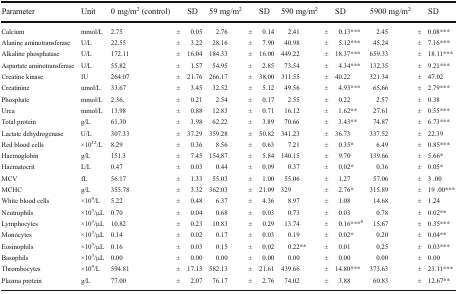
<table><thead><tr><td><b>Parameter</b></td><td><b>Unit</b></td><td><b>0 mg/m<sup>2</sup> (control)</b></td><td></td><td><b>SD</b></td><td><b>59 mg/m<sup>2</sup></b></td><td></td><td><b>SD</b></td><td><b>590 mg/m<sup>2</sup></b></td><td></td><td><b>SD</b></td><td><b>5900 mg/m<sup>2</sup></b></td><td></td><td><b>SD</b></td></tr></thead><tbody><tr><td>Calcium</td><td>mmol/L</td><td>2.75</td><td>±</td><td>0.05</td><td>2.76</td><td>±</td><td>0.14</td><td>2.41</td><td>±</td><td>0.13***</td><td>2.45</td><td>±</td><td>0.08***</td></tr><tr><td>Alanine aminotransferase</td><td>U/L</td><td>22.55</td><td>±</td><td>3.22</td><td>28.16</td><td>±</td><td>7.90</td><td>40.98</td><td>±</td><td>5.12***</td><td>45.24</td><td>±</td><td>7.16***</td></tr><tr><td>Alkaline phosphatase</td><td>U/L</td><td>172.11</td><td>±</td><td>16.04</td><td>184.33</td><td>±</td><td>16.00</td><td>449.22</td><td>±</td><td>18.37***</td><td>659.33</td><td>±</td><td>18.11***</td></tr><tr><td>Aspartate aminotransferase</td><td>U/L</td><td>55.82</td><td>±</td><td>1.57</td><td>54.95</td><td>±</td><td>2.85</td><td>73.54</td><td>±</td><td>4.34***</td><td>132.35</td><td>±</td><td>9.21***</td></tr><tr><td>Creatine kinase</td><td>IU</td><td>264.07</td><td>±</td><td>21.76</td><td>266.17</td><td>±</td><td>38.00</td><td>311.55</td><td>±</td><td>40.22</td><td>321.34</td><td>±</td><td>47.02</td></tr><tr><td>Creatinine</td><td>umol/L</td><td>33.67</td><td>±</td><td>3.45</td><td>32.52</td><td>±</td><td>5.12</td><td>49.56</td><td>±</td><td>4.93***</td><td>65.66</td><td>±</td><td>2.79***</td></tr><tr><td>Phosphate</td><td>mmol/L</td><td>2.36.</td><td>±</td><td>0.21</td><td>2.54</td><td>±</td><td>0.17</td><td>2.55</td><td>±</td><td>0.22</td><td>2.57</td><td>±</td><td>0.38</td></tr><tr><td>Urea</td><td>mmol/L</td><td>13.98</td><td>±</td><td>0.88</td><td>12.83</td><td>±</td><td>0.71</td><td>16.12</td><td>±</td><td>1.62**</td><td>27.61</td><td>±</td><td>0.55***</td></tr><tr><td>Total protein</td><td>g/L</td><td>61.30</td><td>±</td><td>3.98</td><td>62.22</td><td>±</td><td>3.89</td><td>70.66</td><td>±</td><td>3.43**</td><td>74.87</td><td>±</td><td>6.73***</td></tr><tr><td>Lactate dehydrogenase</td><td>U/L</td><td>307.33</td><td>±</td><td>37.29</td><td>359.28</td><td>±</td><td>50.82</td><td>341.23</td><td>±</td><td>36.73</td><td>337.52</td><td>±</td><td>22.39</td></tr><tr><td>Red blood cells</td><td>×10<sup>12</sup>/L</td><td>8.29</td><td>±</td><td>0.36</td><td>8.56</td><td>±</td><td>0.63</td><td>7.21</td><td>±</td><td>0.35*</td><td>6.49</td><td>±</td><td>0.85***</td></tr><tr><td>Haemoglobin</td><td>g/L</td><td>151.3</td><td>±</td><td>7.45</td><td>154.87</td><td>±</td><td>5.84</td><td>140.15</td><td>±</td><td>9.70</td><td>139.66</td><td>±</td><td>5.66*</td></tr><tr><td>Haematocrit</td><td>L/L</td><td>0.47</td><td>±</td><td>0.03</td><td>0.44</td><td>±</td><td>0.09</td><td>0.37</td><td>±</td><td>0.02*</td><td>0.36</td><td>±</td><td>0.05*</td></tr><tr><td>MCV</td><td>fL</td><td>56.17</td><td>±</td><td>1.33</td><td>55.03</td><td>±</td><td>1.00</td><td>55.06</td><td>±</td><td>1.27</td><td>57.06</td><td>±</td><td>3 .00</td></tr><tr><td>MCHC</td><td>g/L</td><td>355.78</td><td>±</td><td>3.32</td><td>362.03</td><td>±</td><td>21.09</td><td>329</td><td>±</td><td>2.76*</td><td>315.89</td><td>±</td><td>19 .00***</td></tr><tr><td>White blood cells</td><td>×10<sup>9</sup>/L</td><td>5.22</td><td>±</td><td>0.48</td><td>6.37</td><td>±</td><td>4.36</td><td>8.97</td><td>±</td><td>1.08</td><td>14.68</td><td>±</td><td>1.24</td></tr><tr><td>Neutrophils</td><td>×10<sup>3</sup>/μL</td><td>0.70</td><td>±</td><td>0.04</td><td>0.68</td><td>±</td><td>0.03</td><td>0.73</td><td>±</td><td>0.03</td><td>0.78</td><td>±</td><td>0.02**</td></tr><tr><td>Lymphocytes</td><td>×10<sup>3</sup>/μL</td><td>10.82</td><td>±</td><td>0.23</td><td>10.83</td><td>±</td><td>0.29</td><td>13.74</td><td>±</td><td>0.16***<sup>0</sup></td><td>15.67</td><td>±</td><td>0.35***</td></tr><tr><td>Monocytes</td><td>×10<sup>3</sup>/μL</td><td>0.14</td><td>±</td><td>0.02</td><td>0.17</td><td>±</td><td>0.03</td><td>0.19</td><td>±</td><td>0.02*</td><td>0.20</td><td>±</td><td>0.04**</td></tr><tr><td>Eosinophils</td><td>×10<sup>3</sup>/μL</td><td>0.16</td><td>±</td><td>0.03</td><td>0.15</td><td>±</td><td>0.02</td><td>0.22**</td><td>±</td><td>0.01</td><td>0.25</td><td>±</td><td>0.03***</td></tr><tr><td>Basophils</td><td>×10<sup>3</sup>/μL</td><td>0.00</td><td>±</td><td>0.00</td><td>0.00</td><td>±</td><td>0.00</td><td>0.00</td><td>±</td><td>0.00</td><td>0.00</td><td>±</td><td>0.00</td></tr><tr><td>Thrombocytes</td><td>×10<sup>9</sup>/L</td><td>594.81</td><td>±</td><td>17.13</td><td>582.13</td><td>±</td><td>21.61</td><td>439.66</td><td>±</td><td>14.80***</td><td>373.63</td><td>±</td><td>23.11***</td></tr><tr><td>Plasma protein</td><td>g/L</td><td>77.00</td><td>±</td><td>2.07</td><td>76.17</td><td>±</td><td>2.76</td><td>74.02</td><td>±</td><td>3.88</td><td>60.83</td><td>±</td><td>12.67**</td></tr></tbody></table>